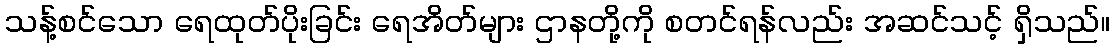
သန့်စင်သော ရေထုတ်ပိုးခြင်း ရေအိတ်များ ဌာနတို့ကို စတင်ရန်လည်း အဆင်သင့် ရှိသည်။